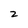
Character: z